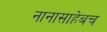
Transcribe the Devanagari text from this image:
नानासाहेबच